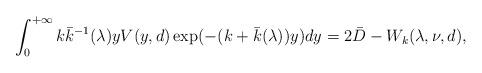
LaTeX: \begin{align*}\int_0^{+\infty} k \bar k^{-1}(\lambda) y V(y,d) \exp(-(k +\bar k(\lambda)) y)dy=2\bar D- W_k(\lambda, \nu, d),\end{align*}